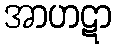
အာဟဋာ